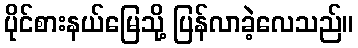
ပိုင်စားနယ်မြေသို့ ပြန်လာခဲ့လေသည်။